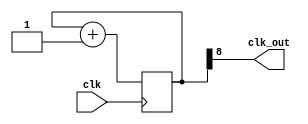
`timescale 1ns / 1ps


module clkdiv_refresh(
    input clk,
    output clk_out
    );
    
    reg [8:0] COUNT = 0;
    
    assign clk_out = COUNT[8];
    
    always @(posedge clk) begin
        COUNT = COUNT+1;
    end
    
endmodule